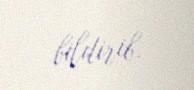
bildirib.